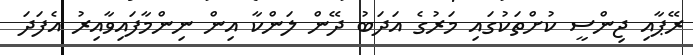
ރޭޕާއި ޖިންސީ ކުށްތަކުގައި މަރުގެ އަދަބު ދޭން ލަންކާ އިން ނިންމާފައިވާއިރު އެފަދަ